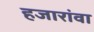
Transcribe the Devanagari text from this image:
हजारांवा